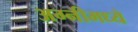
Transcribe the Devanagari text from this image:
अग्नीमध्ये